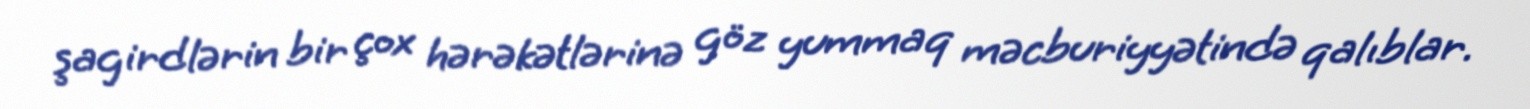
şagirdlərin bir çox hərəkətlərinə göz yummaq məcburiyyətində qalıblar.